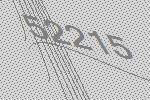
52215